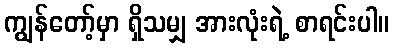
ကျွန်တော့်မှာ ရှိသမျှ အားလုံးရဲ့ စာရင်းပါ။